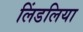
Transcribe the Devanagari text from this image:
लिंडलिया